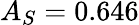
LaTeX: A_{S}=0.646